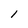
Character: l